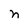
Character: n